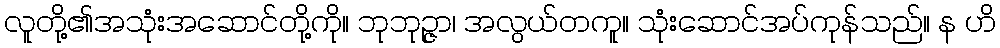
လူတို့၏အသုံးအဆောင်တို့ကို။ ဘုဘုဉ္ဇာ၊ အလွယ်တကူ။ သုံးဆောင်အပ်ကုန်သည်။ န ဟိ